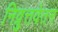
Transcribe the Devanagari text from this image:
निव्रुत्तवेतन